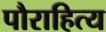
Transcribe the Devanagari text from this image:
पौराहित्य